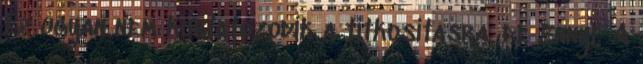
ez ugyan nem korlatozodik a titkositasra, de Ennyi. A